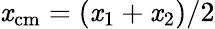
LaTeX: \mathit{x}_{{\mathrm{{cm}}}}=(\mathit{x}_{1}+\mathit{x}_{2})/2